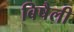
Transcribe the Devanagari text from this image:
बिषैली